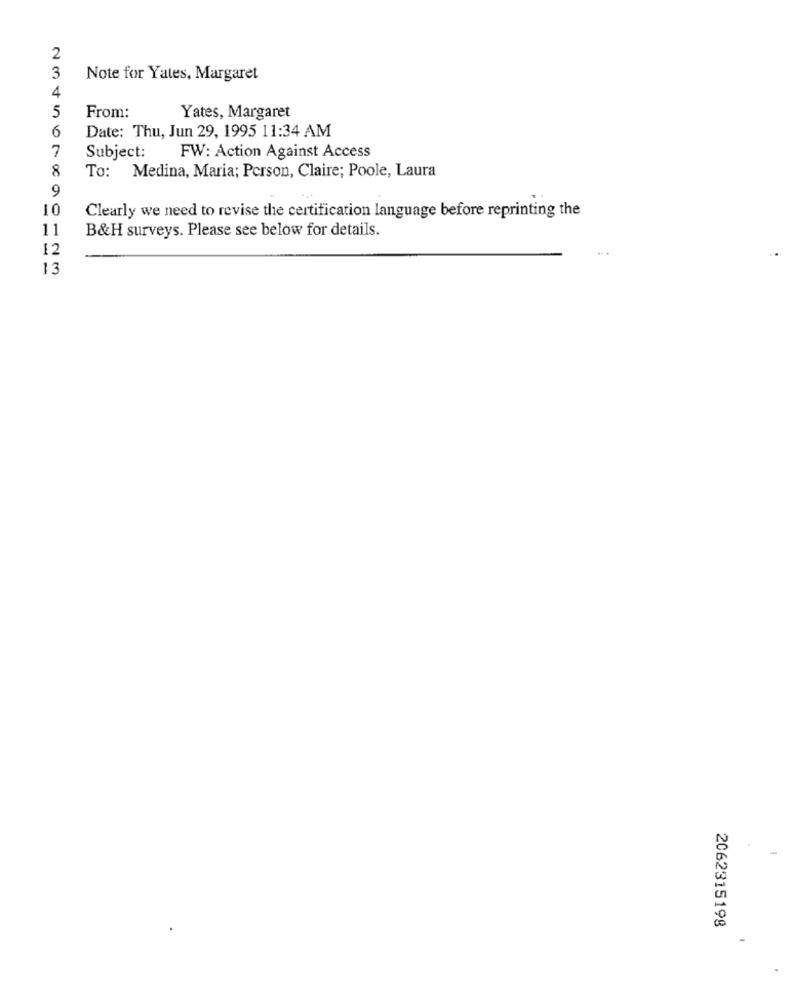
2
3
Note for Yates, Margaret
4
From:
5
Yates, Margaret
6
Date: Thu, Jun 29, 1995 11:34 AM
7
Subject:
FW: Action Against Access
8
To: Medina, Maria; Person, Claire; Poole, Laura
9
10
Clearly we need to revise the certification language before reprinting the
11
B&H surveys. Please see below for details.
12
13
2062315198